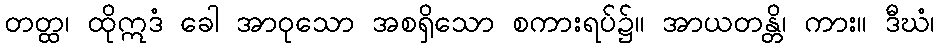
တတ္ထ၊ ထိုဣဒံ ခေါ အာဝုသော အစရှိသော စကားရပ်၌။ အာယတန္တိ၊ ကား။ ဒီဃံ၊